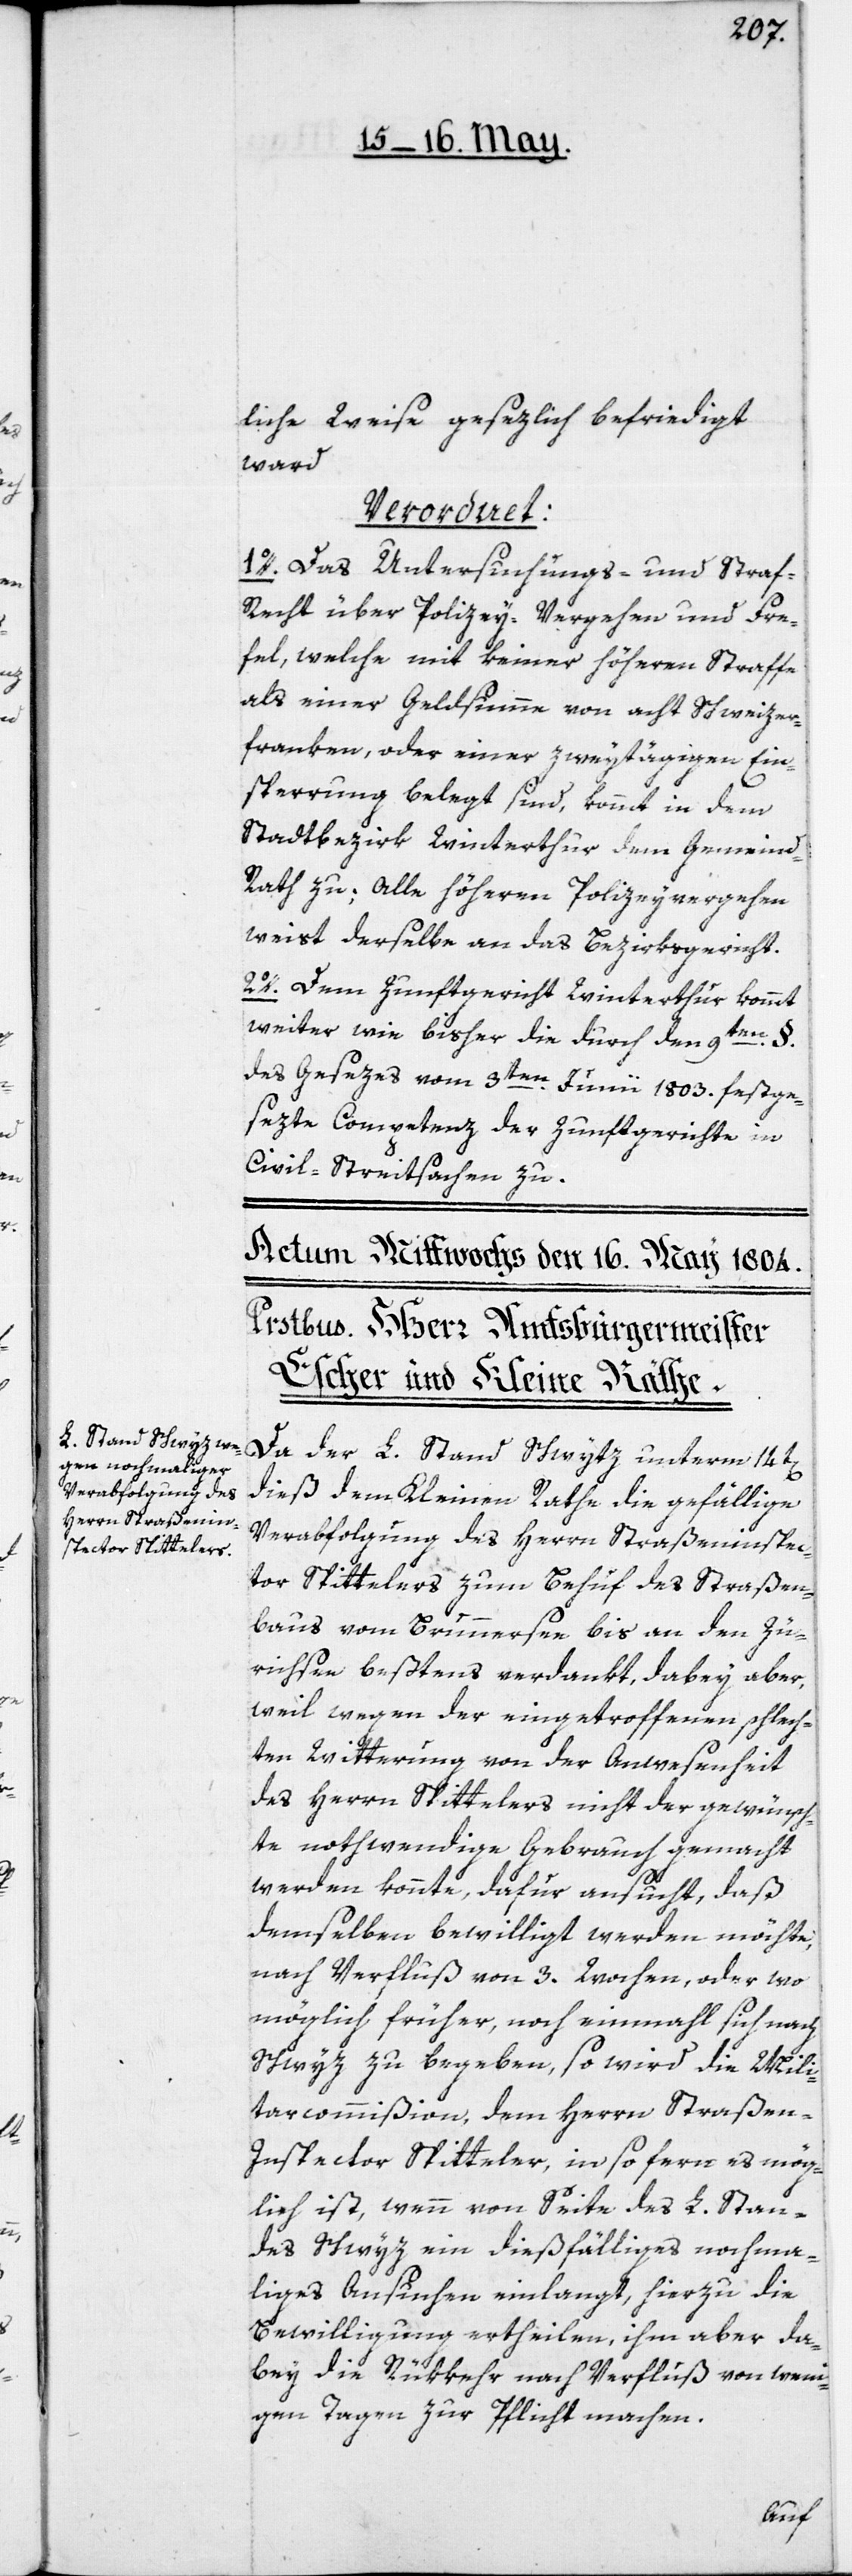
liche Weise gesezlich befriedigt
ward,
Verordnet:
1o. Das Untersuchungs- und Stra¬
f-Recht über Polizey-Vergehen und Fre¬
vel, welche mit keiner höheren Straffe
als einer Geldsumme von acht Schweizer¬
franken, oder einer zweytägigen Ein¬
sperrung belegt sind, kommt in dem
Stadtbezirk Winterthur dem Gemeind¬
rath zu; Alle höhern Polizeyvergehen
weist derselbe an das Bezirksgericht.
2o. Dem Zunftgericht Winterthur kommt
weiter wie bisher die durch den
9ten §.
des Gesezes vom 3ten Junii 1803. festge¬
sezte Competenz der Zunftgerichte in
Civil-Streitsachen zu.
Da der L. Stand Schwytz unterm 14t[en]
dieß dem Kleinen Rathe die gefällige
Verabfolgung des Herrn Straßeninspec¬
tor Spittelers zum Behuf des Straßen¬
baus vom Brunnensee bis an den Zü¬
richsee beßtens verdankt, dabey aber,
weil wegen der eingetroffenen schlech¬
ten Witterung von der Anwesenheit
des Herrn Spittelers nicht der gewünsch¬
te nothwendige Gebrauch gemacht
werden konnte, dafür ansucht, daß
demselben bewilligt werden möchte,
nach Verfluß von 3. Wochen, oder wo
möglich früher, noch einmahl sich nach
Schwyz zu begeben, so wird die Mili¬
tarcommißion, dem Herrn Straßen¬
inspector Spitteler, in so fern es mög¬
lich ist, wenn von Seite des L. Stan¬
des Schwyz ein dießfälliges nochma¬
liges Ansuchen einlangt, hierzu die
Bewilligung ertheilen, ihm aber da¬
bey die Rükkehr nach Verfluß von weni¬
gen Tagen zur Pflicht machen.